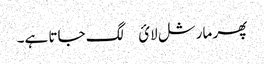
پھر مارشل لائ￿ لگ جاتا ہے۔